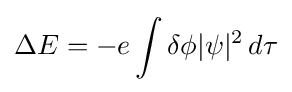
\Delta E=-e\int \delta \phi |\psi |^{2}\,d\tau